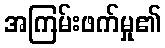
အကြမ်းဖက်မှု၏